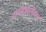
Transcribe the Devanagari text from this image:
राज्यघटनेवरच